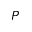
P